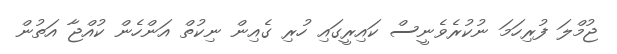
ޖުމްލަ ފުރިހަމަ ނުކުރެވެނީސް ކައިރީގައި ހުރި ގެއިން ނިކުތް އަންހެން ކުއްޖާ އަތުން